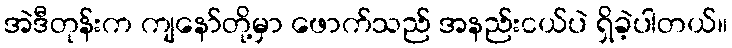
အဲဒီတုန်းက ကျနော်တို့မှာ ဖောက်သည် အနည်းငယ်ပဲ ရှိခဲ့ပါတယ်။